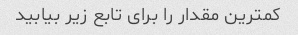
کمترین مقدار را برای تابع زیر بیابید